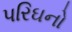
પરિઘનો